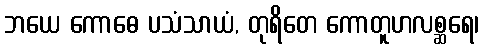
ဘယေ ကောဓေ ပသံသာယံ, တုရိတေ ကောတူဟလစ္ဆရေ၊